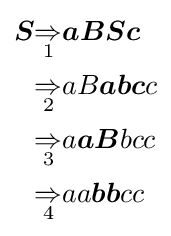
{\begin{aligned}{\boldsymbol {S}}&{\underset {1}{\Rightarrow }}{\boldsymbol {aBSc}}\\&{\underset {2}{\Rightarrow }}aB{\boldsymbol {abc}}c\\&{\underset {3}{\Rightarrow }}a{\boldsymbol {aB}}bcc\\&{\underset {4}{\Rightarrow }}aa{\boldsymbol {bb}}cc\end{aligned}}